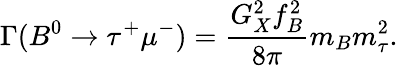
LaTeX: \Gamma(B^{0}\rightarrow\tau^{+}\mu^{-})={\frac{G_{X}^{2}f_{B}^{2}}{8\pi}}m_{B}m_{\tau}^{2}.